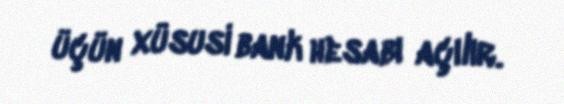
üçün xüsusi bank hesabı açılır.